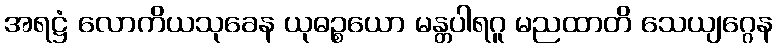
အရဋ္ဌံ လောကိယသုခေန ယုဓဉ္စယော မန္တပါရဂူ မညထာတိ သေယျဂ္ဂေန